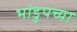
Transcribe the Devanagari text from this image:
भांडुपच्या